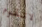
لاتقوم